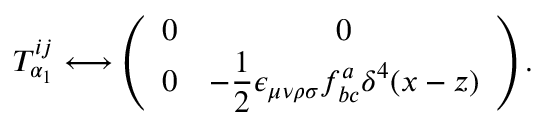
T _ { \alpha _ { 1 } } ^ { i j } \longleftrightarrow \left( \begin{array} { c c } { { 0 } } & { { 0 } } \\ { { 0 } } & { { { \displaystyle - \frac { 1 } { 2 } \epsilon _ { \mu \nu \rho \sigma } f _ { b c } ^ { a } \delta ^ { 4 } ( x - z ) } } } \end{array} \right) .